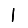
Digit: 1